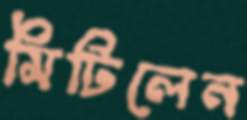
মিটিলেন